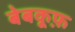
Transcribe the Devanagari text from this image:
बेबकूफ़